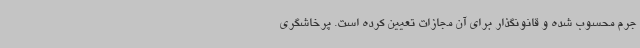
جرم محسوب شده و قانونگذار برای آن مجازات تعیین کرده است. پرخاشگری